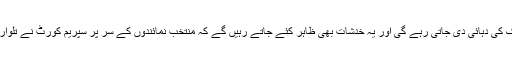
امتیازی سلوک کی دہائی دی جاتی رہے گی اور یہ خدشات بھی ظاہر کئے جاتے رہیں گے کہ منتخب نمائندوں کے سر پر سپریم کورٹ نے تلوار لٹکا دی ہے۔